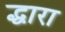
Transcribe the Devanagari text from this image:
द्धारा